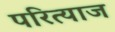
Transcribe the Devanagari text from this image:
परित्याज